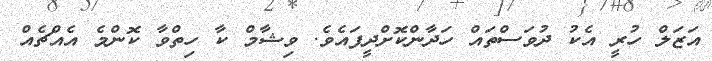
އަޒަލް ހުރީ އެކު ދުވަސްތައް ހަދާންކޮށްދީފައެވެ. ވިޝާމް ކާ ހިތްވާ ކޮންމެ އެއްޗެއް